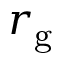
r _ { \mathrm { g } }